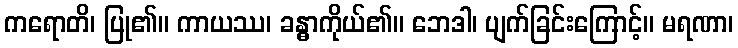
ကရောတိ၊ ပြု၏။ ကာယဿ၊ ခန္ဓာကိုယ်၏။ ဘေဒါ၊ ပျက်ခြင်းကြောင့်။ မရဏာ၊